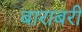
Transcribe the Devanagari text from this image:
बाराबरी